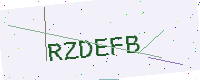
Text: RZDEFB